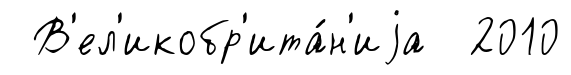
В'ел'икобр'ита́н'иjа 2010